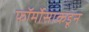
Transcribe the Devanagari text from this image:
फॉर्मोसाकडून